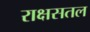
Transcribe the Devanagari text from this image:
राक्षसतल